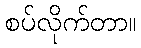
စပ်လိုက်တာ။